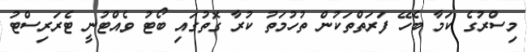
މިސްރުގެ ކަމާ ބެހޭ ފަރަތްތަކުން ތުހުމަތު ކުރާ ގޮތުގައި ބޯޓު ވެއްޓުނީ ޓެރަރިސްޓު